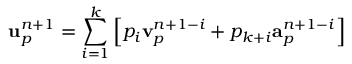
\mathbf { u } _ { p } ^ { n + 1 } = \sum _ { i = 1 } ^ { k } \left[ p _ { i } \mathbf { v } _ { p } ^ { n + 1 - i } + p _ { k + i } \mathbf { a } _ { p } ^ { n + 1 - i } \right]